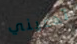
تدعيني